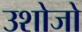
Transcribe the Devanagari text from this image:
उशोजो